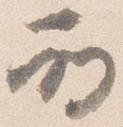
所